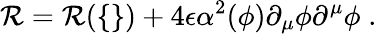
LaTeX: \mathcal{R}=\mathcal{R}(\{ \} )+4\epsilon\alpha^{2}(\phi)\partial_{\mu}\phi\partial^{\mu}\phi\; .